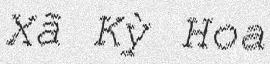
Xã Kỳ Hoa